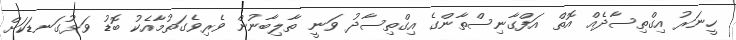
ހީނަރު އިގްތިސާދެއް އޮތް އަފްގާނިސްތާންގެ އިގްތިސާދު ވަނީ ތާލިބާނުން ވެރިވެގަތުމާއެކު ބޮޑު ވަޅުގަނޑަކަށް